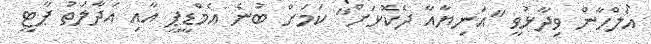
އަލްހާން ވިދާޅުވީ "އަނިޔާއާ ދެކޮޅަށް" ކަަމަށް ބުނެ އެމްޑީޕީ އާއި އަދާލަތު ޕާޓީ